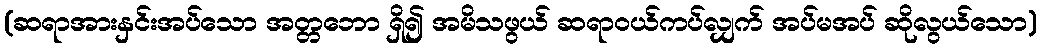
(ဆရာအားနှင်းအပ်သော အတ္တဘော ရှိ၍ အမိသဖွယ် ဆရာဝယ်ကပ်လျှက် အပ်မအပ် ဆိုလွယ်သော)